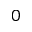
0